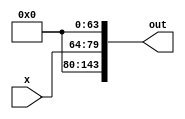
// This program was cloned from: https://github.com/bunny965/yolov5-fpga-hardware-acceleration
// License: GNU General Public License v3.0

`timescale 1ns / 1ps
//////////////////////////////////////////////////////////////////////////////////
// Company: 
// Engineer: 
// 
// Design Name: 
// Module Name: padding
// Project Name: 
// Target Devices: 
// Tool Versions: 
// Description: 
// 
// Dependencies: 
// 
// Revision:
// Revision 0.01 - File Created
// Additional Comments:
// 
//////////////////////////////////////////////////////////////////////////////////


module padding(x,out);
localparam DATA_WIDTH = 16;
parameter K = 1; //Depth of image and filter
parameter H = 1; //Height of image
parameter W = 1; //Width of image

input[0:K*W*H*DATA_WIDTH-1] x;
output reg[0:K*(W+2)*(H+2)*DATA_WIDTH-1] out;

integer k,j;
always @(x) begin
    for(k=0;k<K;k=k+1) begin
            for(j=1;j<(H+1);j=j+1) begin
       
            out[0*(H+2)*DATA_WIDTH+(k*(H+2)*(W+2))*DATA_WIDTH+j*DATA_WIDTH+:DATA_WIDTH] <= 16'b0000000000000000;
            out[(H+1)*(H+2)*DATA_WIDTH+(k*(H+2)*(W+2))*DATA_WIDTH+j*DATA_WIDTH+:DATA_WIDTH] <= 16'b0000000000000000;   
            out[j*(H+2)*DATA_WIDTH+(k*(H+2)*(W+2))*DATA_WIDTH+0*DATA_WIDTH+:DATA_WIDTH] <= 16'b0000000000000000;
            out[j*(H+2)*DATA_WIDTH+(k*(H+2)*(W+2))*DATA_WIDTH+(W+1)*DATA_WIDTH+:DATA_WIDTH] <= 16'b0000000000000000; 
            out[j*(H+2)*DATA_WIDTH+(k*(H+2)*(W+2))*DATA_WIDTH+1*DATA_WIDTH+:W*DATA_WIDTH] <= x[(j-1)*H*DATA_WIDTH+(k*H*W)*DATA_WIDTH+0*DATA_WIDTH+:W*DATA_WIDTH];    

            out[0*(H+2)*DATA_WIDTH+(k*(H+2)*(W+2))*DATA_WIDTH+0*DATA_WIDTH+:DATA_WIDTH] <= 16'b0000000000000000;
            out[0*(H+2)*DATA_WIDTH+(k*(H+2)*(W+2))*DATA_WIDTH+(W+1)*DATA_WIDTH+:DATA_WIDTH] <= 16'b0000000000000000;
            out[(H+1)*(H+2)*DATA_WIDTH+(k*(H+2)*(W+2))*DATA_WIDTH+0*DATA_WIDTH+:DATA_WIDTH] <= 16'b0000000000000000;
            out[(H+1)*(H+2)*DATA_WIDTH+(k*(H+2)*(W+2))*DATA_WIDTH+(W+1)*DATA_WIDTH+:DATA_WIDTH] <= 16'b0000000000000000;     
        end
    end
end
endmodule